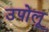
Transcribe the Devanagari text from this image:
उपोलू